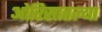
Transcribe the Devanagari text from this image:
ओरिसातल्या